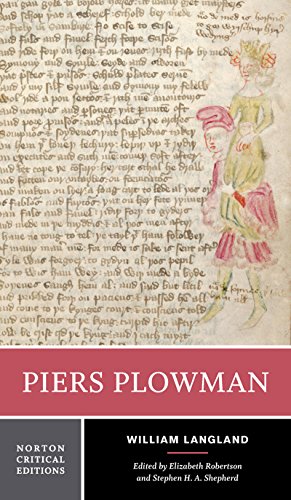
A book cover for Piers Plowman (Norton Critical Editions); William Langland; Christian Books & Bibles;